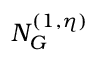
N _ { G } ^ { ( 1 , \eta ) }